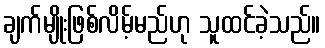
ချက်မျိုးဖြစ်လိမ့်မည်ဟု သူထင်ခဲ့သည်။